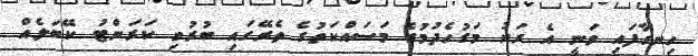
ހިނގާފައި ވަނީ އެ ރަށު މަގުހެދުމުގެ މަސައްކަތުގެ ތެރޭގައި ބުރުވި ކަރަންޓު ކޭބަލެއް